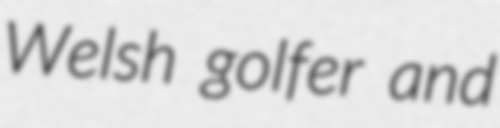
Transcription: Welsh golfer and